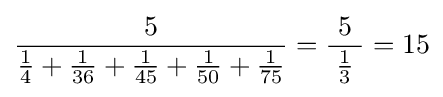
{\frac {5}{{\tfrac {1}{4}}+{\tfrac {1}{36}}+{\tfrac {1}{45}}+{\tfrac {1}{50}}+{\tfrac {1}{75}}}}={\frac {5}{\;{\tfrac {1}{3}}\;}}=15